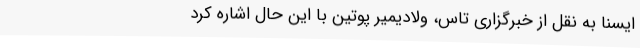
ایسنا به نقل از خبرگزاری تاس، ولادیمیر پوتین با این حال اشاره کرد